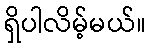
ရှိပါလိမ့်မယ်။